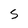
Character: S